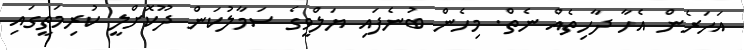
އަހަރެން އެހާ ދާހިތެއް ނެތް. މިހެން ބުނެފައި ޔަލްވީގެ ސަމާލުކަން ދޫކޮށްލީ ކުރިމަތީގައި